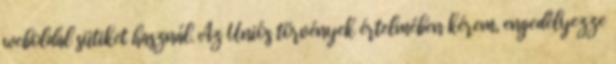
weboldal sütiket használ. Az Uniós törvények értelmében kérem, engedélyezze